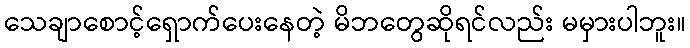
သေချာစောင့်ရှောက်ပေးနေတဲ့ မိဘတွေဆိုရင်လည်း မမှားပါဘူး။